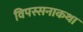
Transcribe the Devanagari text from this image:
विपस्सनाकथा